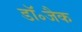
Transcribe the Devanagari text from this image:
डॉ॰जैक